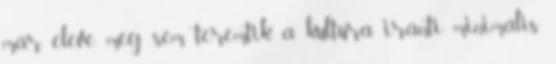
már eleve meg sem teremtik a kultúra iránti minimális